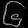
Digit: ၆